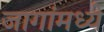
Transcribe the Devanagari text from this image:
जागांमध्ये